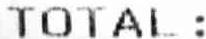
TOTAL :